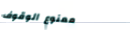
ممنوع الوقوف